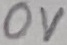
Text: 0V